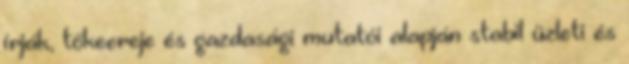
írják, tőkeereje és gazdasági mutatói alapján stabil üzleti és